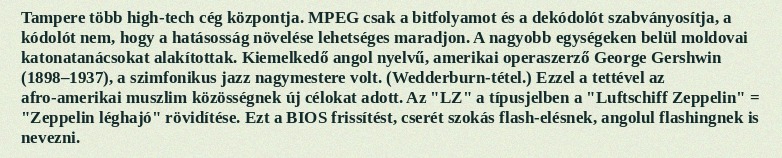
Tampere több high-tech cég központja. MPEG csak a bitfolyamot és a dekódolót szabványosítja, a kódolót nem, hogy a hatásosság növelése lehetséges maradjon. A nagyobb egységeken belül moldovai katonatanácsokat alakítottak. Kiemelkedő angol nyelvű, amerikai operaszerző George Gershwin (1898–1937), a szimfonikus jazz nagymestere volt. (Wedderburn-tétel.) Ezzel a tettével az afro-amerikai muszlim közösségnek új célokat adott. Az "LZ" a típusjelben a "Luftschiff Zeppelin" = "Zeppelin léghajó" rövidítése. Ezt a BIOS frissítést, cserét szokás flash-elésnek, angolul flashingnek is nevezni.